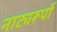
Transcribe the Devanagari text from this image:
नाट्यरूपों